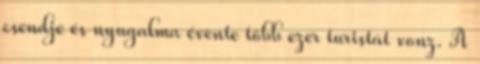
csendje és nyugalma évente több ezer turistát vonz. A